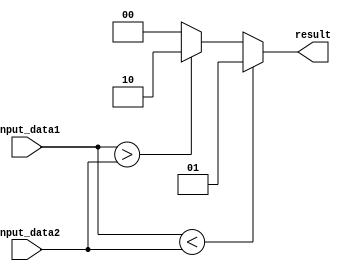
module Serial_Comparator (
    input [7:0] input_data1,
    input [7:0] input_data2,
    output [1:0] result
);

assign result = (input_data1 < input_data2) ? 2'b01 :
               (input_data1 > input_data2) ? 2'b10 :
               2'b00;

endmodule